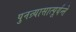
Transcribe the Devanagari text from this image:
पुनन्र्यासात्पूर्यन्ते